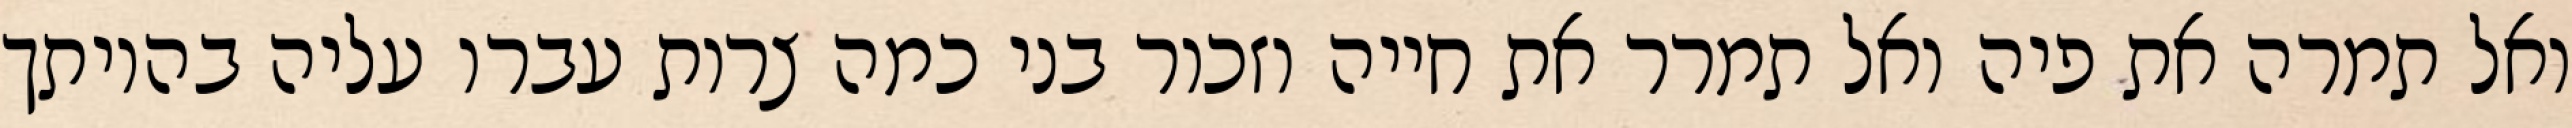
ואל תמרה את פיה ואל תמרר את חייה וזכור בני כמה צרות עברו עליה בהיותך